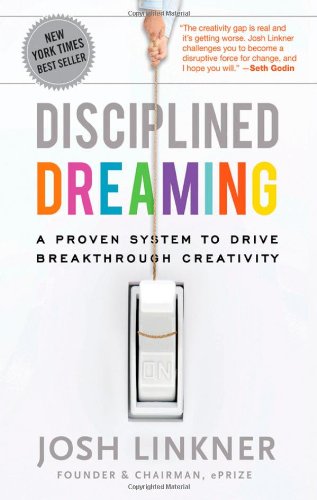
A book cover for Disciplined Dreaming: A Proven System to Drive Breakthrough Creativity; Josh Linkner; Business & Money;